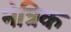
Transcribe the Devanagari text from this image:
नेत्रिक